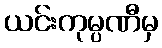
ယင်းကုမ္ပဏီမှ